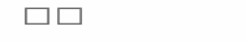
١٦